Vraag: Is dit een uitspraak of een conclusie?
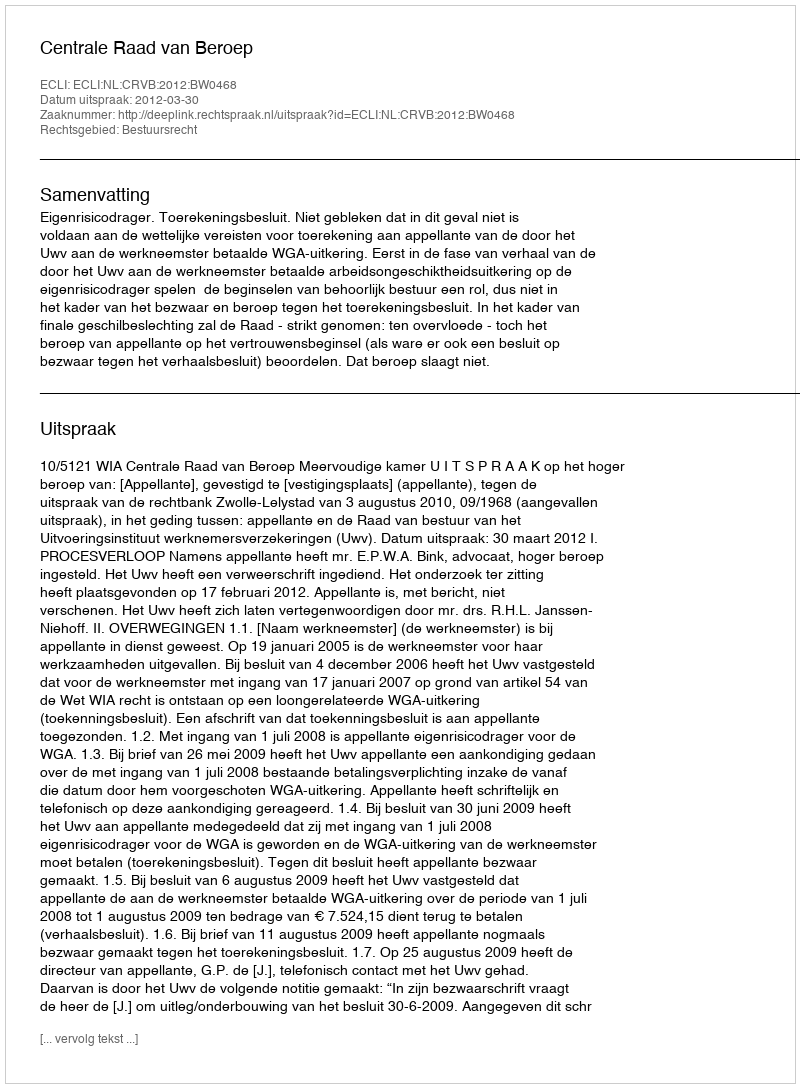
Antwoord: Uitspraak